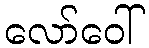
လော်ဝေါ်